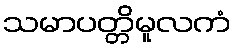
သမာပတ္တိမူလကံ